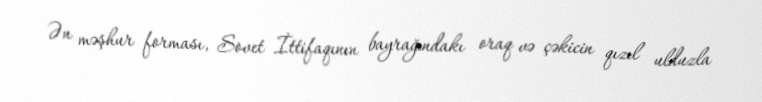
Ən məşhur forması, Sovet İttifaqının bayrağındakı oraq və çəkicin qızıl ulduzla